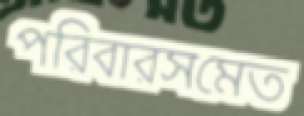
পরিবারসমেত